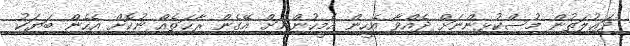
ދަޢުލަތުން މުސްކުޅިންނަށް ދެއްވާ އެހީން އެމީހުންނަށް އޭގެން ރާޙަތެއް ނުކޮށް އެހެން ބަޔަކު